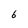
Character: 6